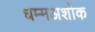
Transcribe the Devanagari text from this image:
धम्मअशोक